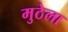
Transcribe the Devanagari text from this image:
मुठेला